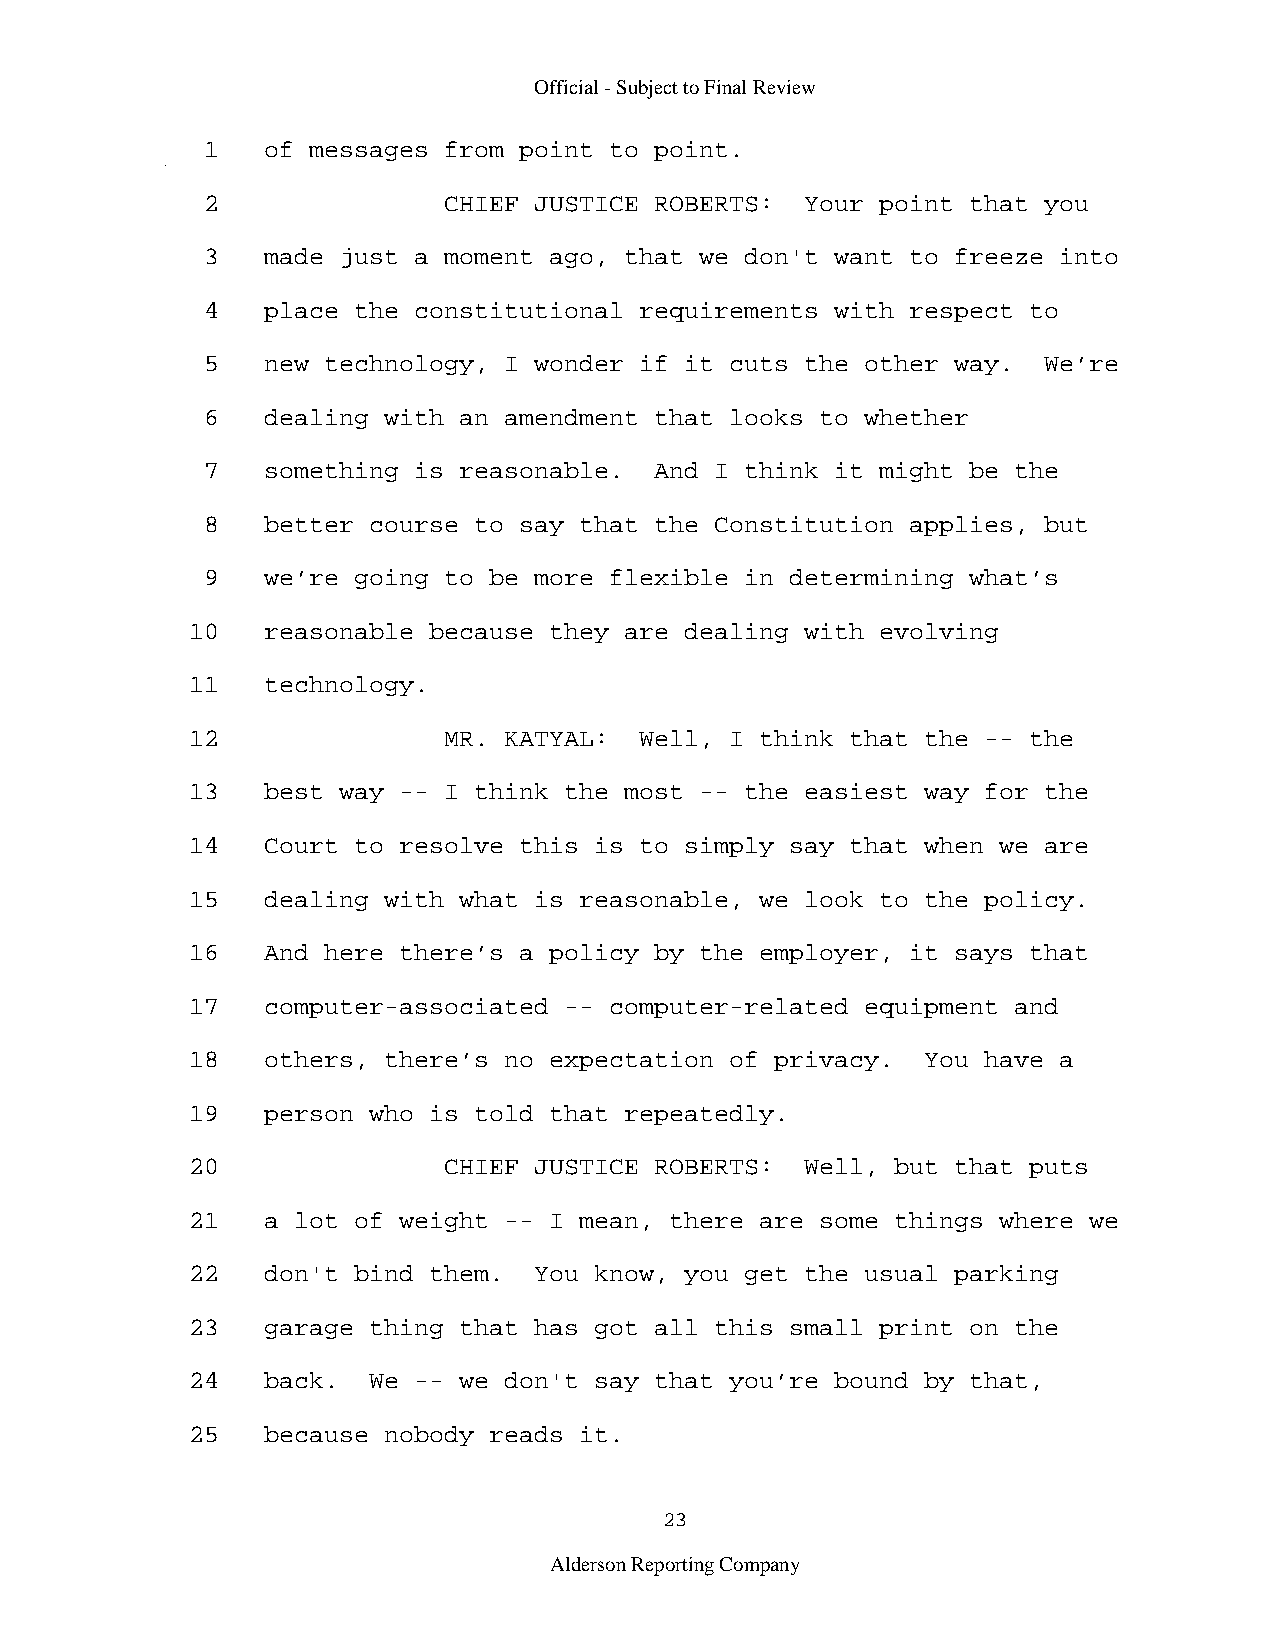
Official - Subject to Final Review
 1   of messages from point to point.
 2               CHIEF JUSTICE ROBERTS:  Your point that you
 3   made just a moment ago, that we don't want to freeze into
 4   place the constitutional requirements with respect to
 5   new technology, I wonder if it cuts the other way.  We’re
 6   dealing with an amendment that looks to whether
 7   something is reasonable.  And I think it might be the
 8   better course to say that the Constitution applies, but
 9   we’re going to be more flexible in determining what’s
 10   reasonable because they are dealing with evolving
 11   technology.
 12               MR. KATYAL:  Well, I think that the -- the
 13   best way -- I think the most -- the easiest way for the
 14   Court to resolve this is to simply say that when we are
 15   dealing with what is reasonable, we look to the policy.
 16   And here there’s a policy by the employer, it says that
 17   computer-associated -- computer-related equipment and
 18   others, there’s no expectation of privacy.  You have a
 19   person who is told that repeatedly.
 20               CHIEF JUSTICE ROBERTS:  Well, but that puts
 21   a lot of weight -- I mean, there are some things where we
 22   don't bind them.  You know, you get the usual parking
 23   garage thing that has got all this small print on the
 24   back.  We -- we don't say that you’re bound by that,
 25   because nobody reads it.
 23
 Alderson Reporting Company